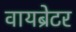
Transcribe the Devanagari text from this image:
वायब्रेटर